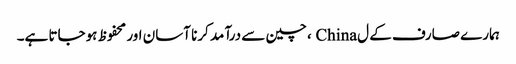
ہمارے صارف کے ل China ، چین سے درآمد کرنا آسان اور محفوظ ہوجاتا ہے۔